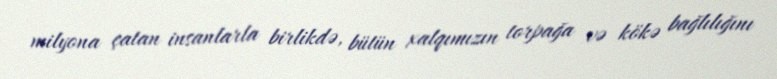
milyona çatan insanlarla birlikdə, bütün xalqımızın torpağa və kökə bağlılığını